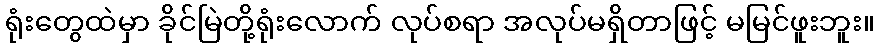
ရုံးတွေထဲမှာ ခိုင်မြဲတို့ရုံးလောက် လုပ်စရာ အလုပ်မရှိတာဖြင့် မမြင်ဖူးဘူး။